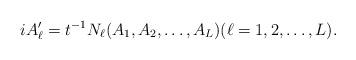
LaTeX: \begin{align*}i A_\ell' = t^{-1} N_\ell(A_1,A_2,\dots,A_L) (\ell=1,2,\dots,L).\end{align*}